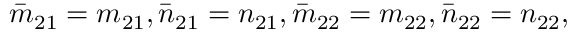
\bar { m } _ { 2 1 } = m _ { 2 1 } , \bar { n } _ { 2 1 } = n _ { 2 1 } , \bar { m } _ { 2 2 } = m _ { 2 2 } , \bar { n } _ { 2 2 } = n _ { 2 2 } ,